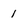
Character: 1